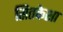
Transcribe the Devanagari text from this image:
सितकेशा